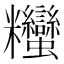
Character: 𥾃